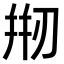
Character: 𠝵